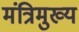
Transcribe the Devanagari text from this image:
मंत्रिमुख्य